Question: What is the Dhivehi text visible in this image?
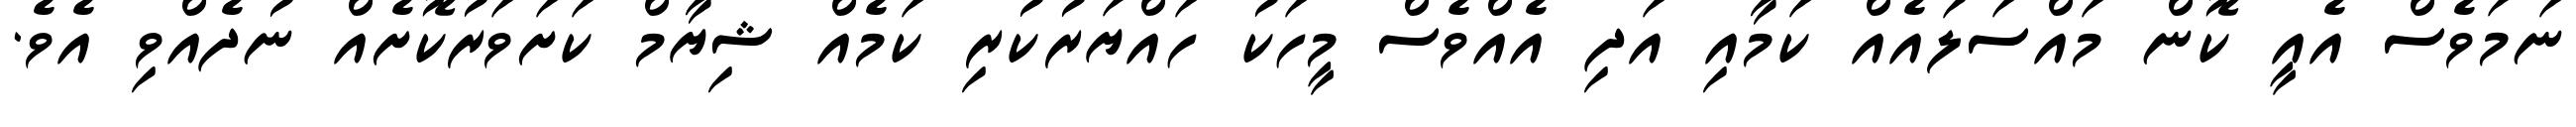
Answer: ނަމަވެސް އެއީ ކޮން މައްސަލައެއް ކަމާއި އަދި އެއްވެސް މީހަކު ހައްޔަރުކުރި ކަމެއް ޝިޔާމް ކަށަވަރުކޮށެއް ނުދެއްވި އެވެ.